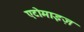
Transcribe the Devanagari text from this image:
एटोमाइज़